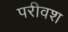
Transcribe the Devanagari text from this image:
परीवश